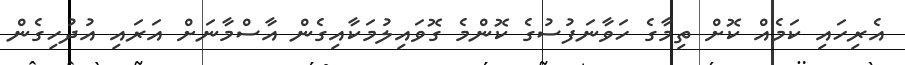
އެރިހައި ކަމެއް ކޮށް ތިމާގެ ހަވާނަފުސުގެ ކޮންމެ ގޮވައިލުމަކާއިގެން އާސްމާނަށް އަރައި އުދުހިގެން